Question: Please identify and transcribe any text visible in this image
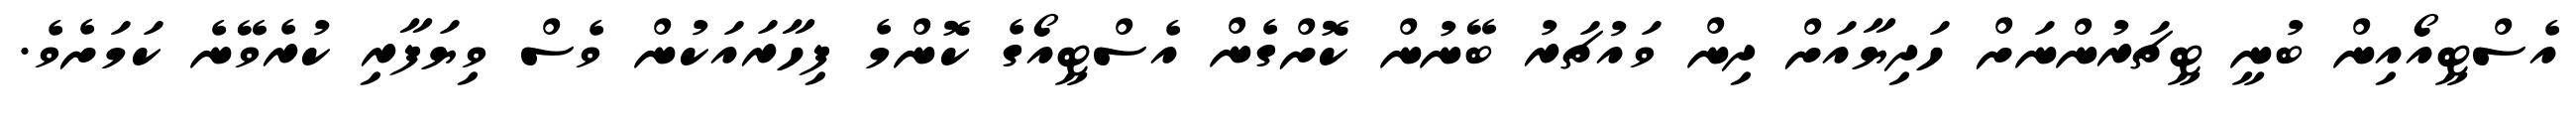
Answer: އެސްޓީއޯއިން ބުނީ ޓީޗަރުންނަށް ހަދިޔާއަށް ދިން ވައުޗަރު ބޭނުން ކޮށްގެން އެސްޓީއޯގެ ކޮންމެ ފިހާރައަކުން ވެސް ވިޔަފާރި ކުރެވޭނެ ކަމަށެވެ.